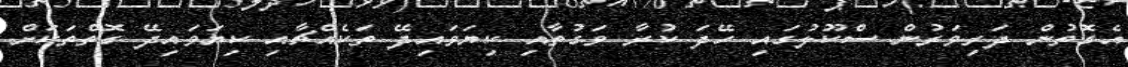
އެގޮތުން ދަރިވަރުން ސްކޫލުގައި ހޭދަ ކުރާ ވަގުތާއި ކިޔަވައިދޭ ތަކެއްޗާއި ކިޔަވައިދޭ ގޮތްތަކަށް